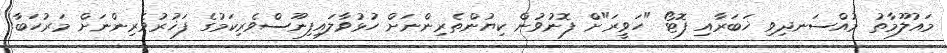
މައުލޫމާތު މުއްސަނދިވި ޚަބަރާއި ފޮޓޯ "ހަވީރަ"ށް ފޮނުވުން ކިޔުންތެރިންނަށް ހުޅުވާލައިފިނޫސްވެރިކަމުގެ ފަޚުރުވެރިންނަށް މަރުހަބާ!